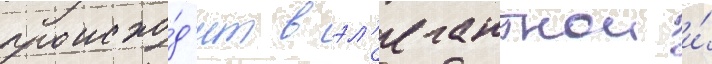
происхо́д'ит в эл'егантнои и́